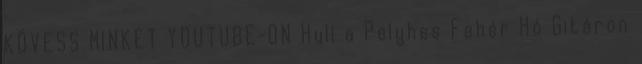
KÖVESS MINKET YOUTUBE-ON Hull a Pelyhes Fehér Hó Gitáron